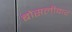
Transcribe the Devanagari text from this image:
बोसलीकर